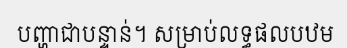
បញ្ហាជាបន្ទាន់។ សម្រាប់លទ្ធផលបឋម